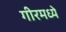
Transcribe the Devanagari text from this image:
गीरमध्ये